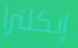
إنكلترا